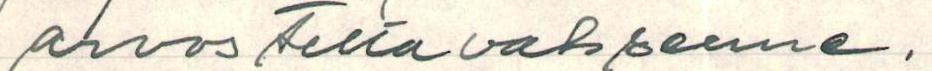
arvosteltavaksenne.